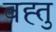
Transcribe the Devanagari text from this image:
बह्तु